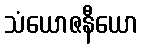
သံယောဇနီယော